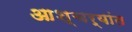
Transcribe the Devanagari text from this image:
आश्चर्यांत